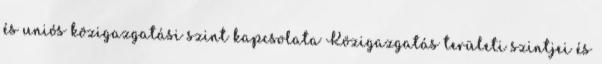
és uniós közigazgatási szint kapcsolata Közigazgatás területi szintjei és